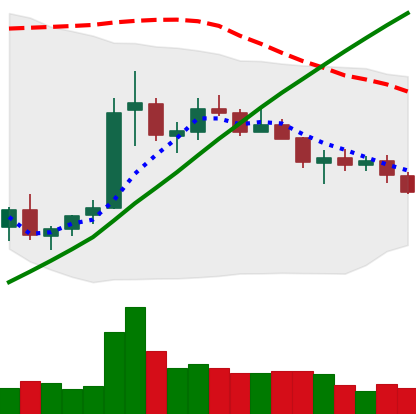
Ticker: ETC-USD
Chart end date: 2021-07-13
Forward return: -7.852%
Label: down_7plus